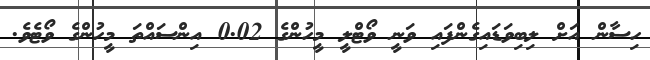
ހިސާން އަށް ލިބިވަޑައިގެންފައި ވަނީ ވޯޓްލީ މީހުންގެ 0.02 އިންސައްތަ މީހުންގެ ވޯޓެވެ.